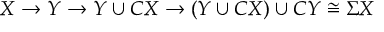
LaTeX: X \rightarrow Y \rightarrow Y \cup C X \rightarrow ( Y \cup C X ) \cup C Y \cong \Sigma X